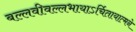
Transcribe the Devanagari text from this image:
बल्लवीवल्लभायाऽर्चितायात्मने